Annual administration report of the Civil Veterinary Department of India - 1898-1899
Year: 1898
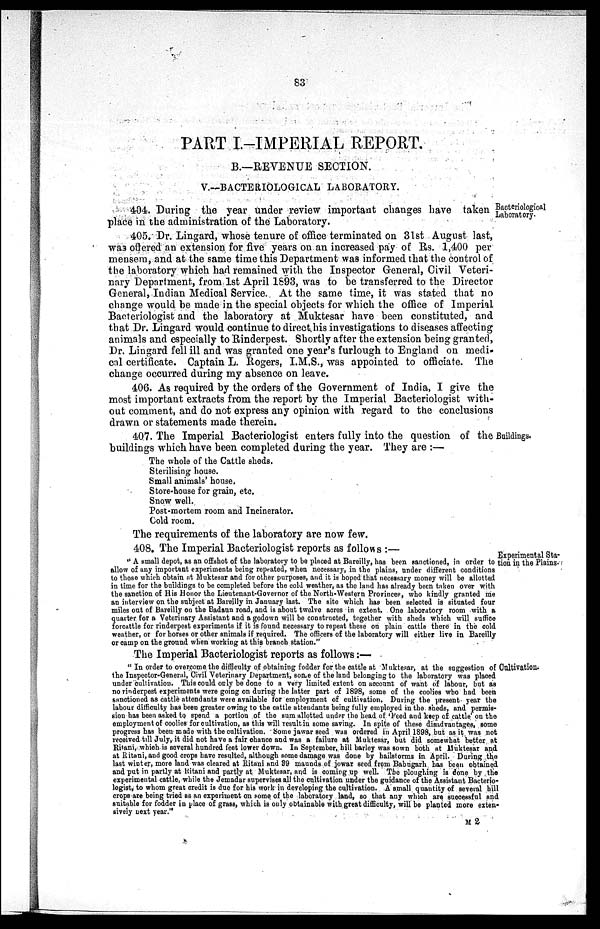
83
PART I.-IMPERIAL REPORT.
B.—REVENUE SECTION.
V.—BACTERIOLOGICAL LABORATORY.
Bacteriological
Laboratory.
404. During the year under review important changes have taken
place in the administration of the Laboratory.
405. Dr. Lingard, whose tenure of office terminated on 31st August last,
was offered an extension for five years on an increased pay of Rs. 1,400 per
mensem, and at the same time this Department was informed that the control of
the laboratory which had remained with the Inspector General, Civil Veteri-
nary Department, from 1st April 1893, was to be transferred to the Director
General, Indian Medical Service. At the same time, it was stated that no
change would be made in the special objects for which the office of Imperial
Bacteriologist and the laboratory at Muktesar have been constituted, and
that Dr. Lingard would continue to direct his investigations to diseases affecting
animals and especially to Rinderpest. Shortly after the extension being granted,
Dr. Lingard fell ill and was granted one year's furlough to England on medi-
cal certificate. Captain L. Rogers, I.M.S., was appointed to officiate. The
change occurred during my absence on leave.
406. As required by the orders of the Government of India, I give the
most important extracts from the report by the Imperial Bacteriologist with-
out comment, and do not express any opinion with regard to the conclusions
drawn or statements made therein.
Buildings.
407. The Imperial Bacteriologist enters fully into the question of the
buildings which have been completed during the year. They are:—
The whole of the Cattle sheds.
Sterilising house.
Small animals' house.
Store-house for grain, etc.
Snow well.
Post-mortem room and Incinerator.
Cold room.
The requirements of the laboratory are now few.
408. The Imperial Bacteriologist reports as follows:—
Experimental Sta-
tion in the Plains.
"A small depot, as an offshot of the laboratory to be placed at Bareilly, has been sanctioned, in order to
allow of any important experiments being repeated, when necessary, in the plains, under different conditions
to those which obtain at Muktesar and for other purposes, and it is hoped that necessary money will be allotted
in time for the buildings to be completed before the cold weather, as the land has already been taken over with
the sanction of His Honor the Lieutenant-Governor of the North-Western Provinces, who kindly granted me
an interview on the subject at Bareilly in January last. The site which has been selected is situated four
miles out of Bareilly on the Badaun road, and is about twelve acres in extent. One laboratory room with a
quarter for a Veterinary Assistant and a godown will be constructed, together with sheds which will suffice
forcattle for rinderpest experiments if it is found necessary to repeat these on plain cattle there in the cold
weather, or for horses or other animals if required. The officers of the laboratory will either live in Bareilly
or camp on the ground when working at this branch station."
The Imperial Bacteriologist reports as follows:—
Cultivation.
"In order to overcome the difficulty of obtaining fodder for the cattle at Muktesar, at the suggestion of
the Inspector-General, Civil Veterinary Department, some of the land belonging to the laboratory was placed
under cultivation. This could only be done to a very limited extent on account of want of labour, but as
no rinderpest experiments were going on during the latter part of 1898, some of the coolies who had been
sanctioned as cattle attendants were available for employment of cultivation. During the present year the
labour difficulty has been greater owing to the cattle attendants being fully employed in the sheds, and permis-
sion has been asked to spend a portion of the sum allotted under the head of 'Feed and keep of cattle' on the
employment of coolies for cultivation, as this will result in some saving. In spite of these disadvantages, some
progress has been made with the cultivation. Some jawar seed was ordered in April 1898, but as it was not
received till July, it did not have a fair chance and was a failure at Muktesar, but did somewhat better at
Ritani, which is several hundred feet lower down. In September, bill barley was sown both at Muktesar and
at Ritani, and good crops have resulted, although some damage was done by hailstorms in April. During the
last winter, more land was cleared at Ritani and 39 maunds of jowar seed from Babugarh has been obtained
and put in partly at Ritani and partly at Muktesar, and is coming up well. The ploughing is done by the
experimental cattle, while the Jemadar supervises all the cultivation under the guidance of the Assistant Bacterio-
logist, to whom great credit is due for his work in developing the cultivation. A small quantity of several bill
crops are being tried as an experiment on some of the laboratory land, so that any which are successful and
suitable for fodder in place of grass, which is only obtainable with great difficulty, will be planted more exten-
sively next year."
M 2